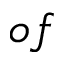
o f